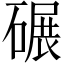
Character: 碾